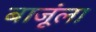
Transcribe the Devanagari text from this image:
बाजूंला